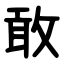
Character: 敢